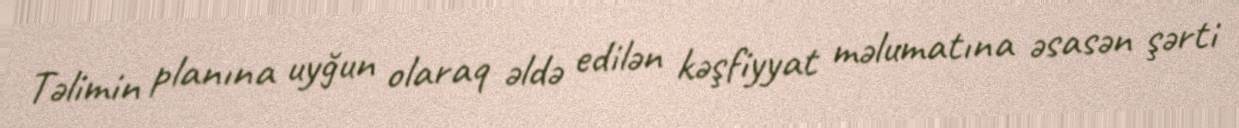
Təlimin planına uyğun olaraq əldə edilən kəşfiyyat məlumatına əsasən şərti